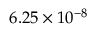
6 . 2 5 \times 1 0 ^ { - 8 }